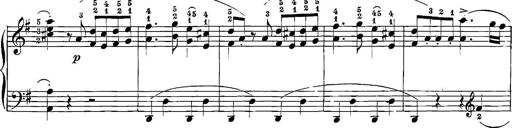
Title: 12 Sonatinas
Composer: Ignaz Pleyel